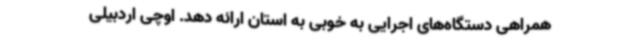
همراهی دستگاه‌های اجرایی به خوبی به استان ارائه دهد. اوچی اردبیلی